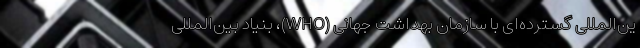
ین‌المللی گسترده‌ای با سازمان بهداشت جهانی (WHO)، بنیاد بین‌المللی